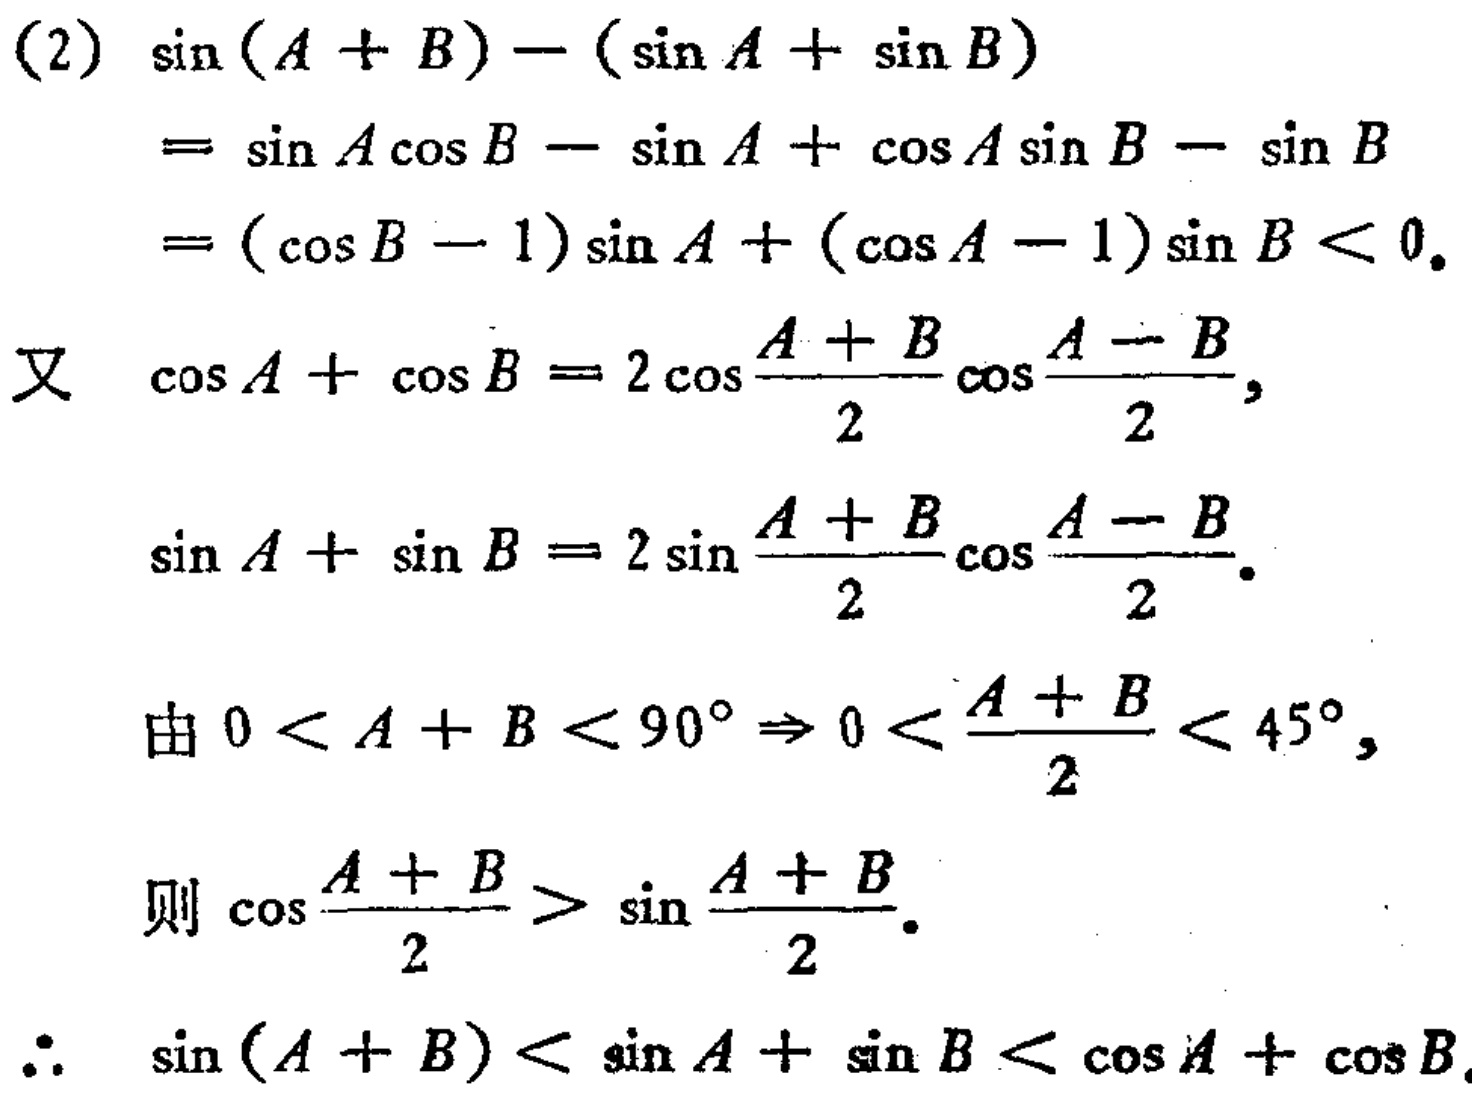
\begin{align*}

&(2)\ \sin(A + B)-(\sin A+\sin B)\\

&=\sin A\cos B-\sin A+\cos A\sin B - \sin B\\

&=(\cos B - 1)\sin A+(\cos A - 1)\sin B<0.\\

&\text{又 }\cos A+\cos B = 2\cos\frac{A + B}{2}\cos\frac{A - B}{2},\\

&\sin A+\sin B = 2\sin\frac{A + B}{2}\cos\frac{A - B}{2}.\\

&\text{由 }0 < A + B<90^{\circ}\Rightarrow0<\frac{A + B}{2}<45^{\circ},\\

&\text{则 }\cos\frac{A + B}{2}>\sin\frac{A + B}{2}.\\

&\therefore\ \sin(A + B)<\sin A+\sin B<\cos A+\cos B.

\end{align*}